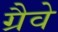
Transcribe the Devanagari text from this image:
ग्रैवे